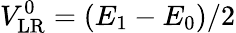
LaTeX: V_{\mathrm{LR}}^{0}=(E_{1}-E_{0})/2